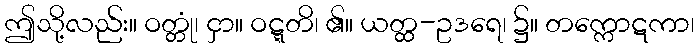
ဤသို့လည်း။ ဝတ္တုံ၊ ငှာ။ ဝဋ္ဋတိ၊ ၏။ ယတ္ထ-ဥဒရေ၊ ၌။ တက္ကောဋကာ၊